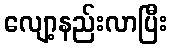
လျော့နည်းလာပြီး